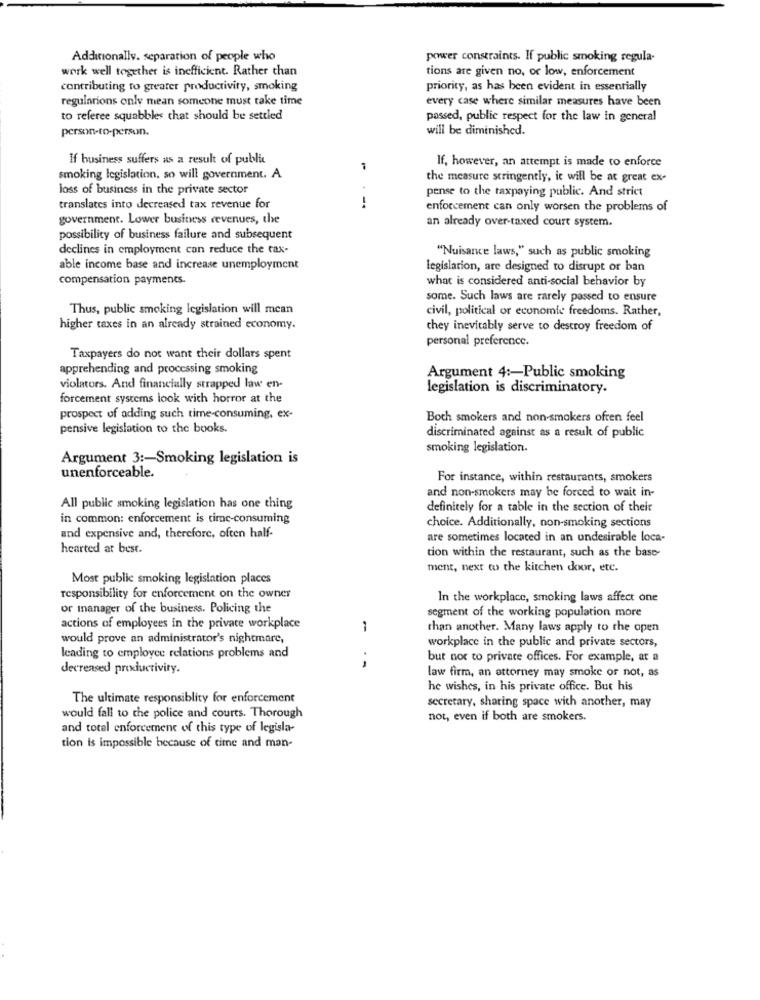
Additionally. separation of people who
power constraints. If public smoking regula-
work well together is inefficient. Rather than
tions are given no, or low, enforcement
contributing to greater productivity, smoking
priority, as has been evident in essentially
regularions only mean someone must take time
every case where similar measures have been
to referee squabbles chat should be settled
passed, public respect for the law in general
person-to-person.
will be diminished.
If business suffers as a result of publi
If, however, an attempt is made to enforce
smoking legislation. so will government. A
the measure stringently, it will be at great ex-
loss of business in the private sector
pense to the taxpaying public. And strict
translates into decreased tax revenue for
enforcement can only worsen the problems of
government. Lower business revenues, the
an already over-taxed court system.
possibility of business failure and subsequent
declines in employment can reduce the tax-
"Nuisance laws," such as public smoking
able income base and increase unemployment
legislation, are designed to disrupt or ban
compensation payments.
what is considered anti-social behavior by
some. Such laws are rarely passed to ensure
Thus, public smoking legislation will mean
civil, political or economic freedoms. Rather,
higher taxes in an already strained economy.
they inevitably serve to destroy freedom of
personal preference.
Taxpayers do not want their dollars spent
apprehending and processing smoking
Argument 4 :- Public smoking
violators. And financially strapped law en-
legislation is discriminatory.
forcement systems look with horror at the
prospect of adding such time-consuming, ex-
Both smokers and non-smokers often feel
pensive legislation to the books.
discriminated against as a result of public
smoking legislation.
Argument 3 :- Smoking legislation is
unenforceable.
For instance, within restaurants, smokers
and non-smokers may be forced to wait in-
All public smoking legislation has one thing
definitely for a table in the section of their
in common: enforcement is time-consuming
and expensive and, therefore, often half-
choice. Additionally, non-smoking sections
are sometimes located in an undesirable loca-
hearted at best.
tion within the restaurant, such as the base-
ment, next to the kitchen door, etc.
Most public smoking legislation places
responsibility for enforcement on the owner
In the workplace, smoking laws affect one
or manager of the business. Policing the
segment of the working population more
actions of employees in the private workplace
:
than another. Many laws apply to the open
would prove an administrator's nightmare,
workplace in the public and private sectors,
leading to employee relations problems and
but not to private offices. For example, at a
decreased productivity.
--
law firm, an attorney may smoke or not, as
he wishes, in his private office. But his
The ultimate responsiblity for enforcement
secretary, sharing space with another, may
would fall to the police and courts. Thorough
not, even if both are smokers.
and total enforcement of this type of legisla-
tion is impossible because of time and man-